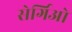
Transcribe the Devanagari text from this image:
सेर्गिओ